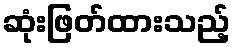
ဆုံးဖြတ်ထားသည့်